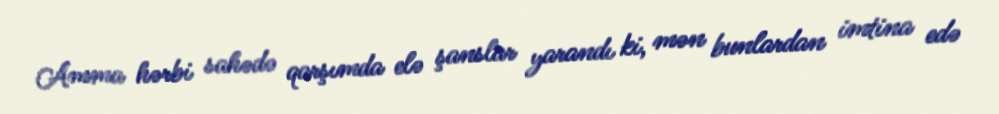
Amma hərbi sahədə qarşımda elə şanslar yarandı ki, mən bunlardan imtina edə